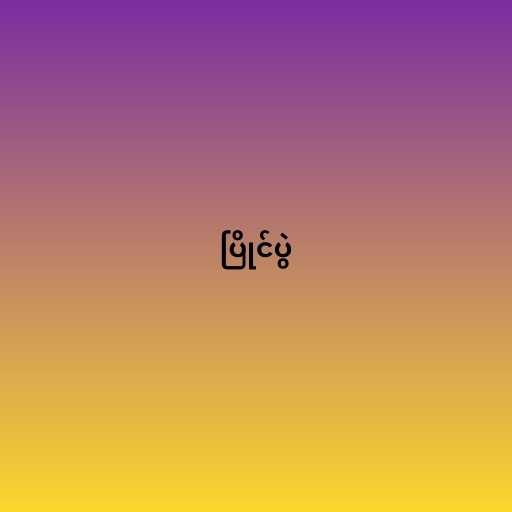
ပြိုင်ပွဲ